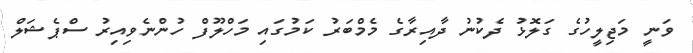
ވަނީ މަޖިލީހުގެ ގަލޮޅު ދެކުނު ދާއިރާގެ މެމްބަރު ކަމުގައި މަހްލޫފް ހުންނެވިއިރު ސްޕެޝަލް